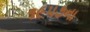
૧૯૫૭ના